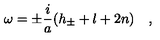
\omega = \pm \frac { i } { a } ( h _ { \pm } + l + 2 n ) \quad ,